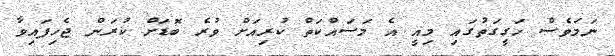
ނަމަވެސް ހަގީގަތުގައި މިއީ އެ މަސައްކަތް ކުރިއަށް ވުރެ ބޮޑަށް ކުރަން ޖެހިފައިވާ